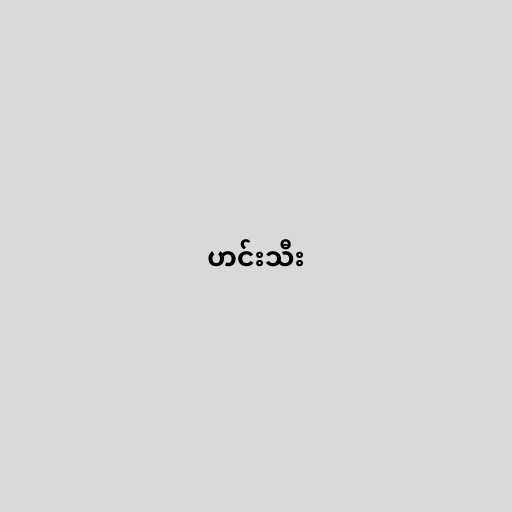
ဟင်းသီး